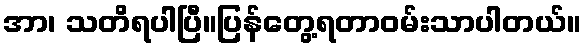
အာ၊ သတိရပါပြီ။ပြန်တွေ့ရတာဝမ်းသာပါတယ်။